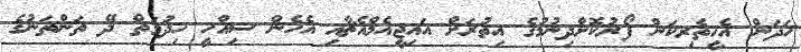
ހަދަން އެހީތެރިކަން ފޯރުކޮށްދިނުމުގެ އިތުރަށް އައިޖީއެމްއެޗާއި އެހެން ސިއްހީ ހިދުމަތް ދޭ ތަންތަނުގެ